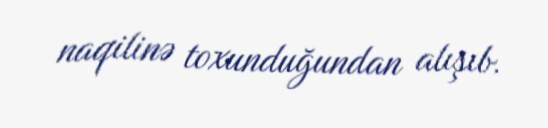
naqilinə toxunduğundan alışıb.